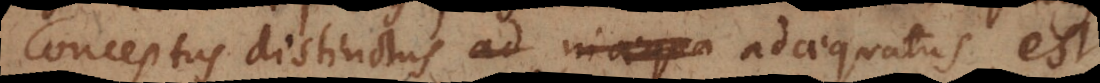
Conceptus distinctus ad inadaequa adaequatus est